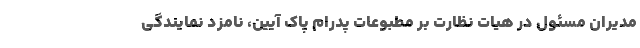
مدیران مسئول در هیات نظارت بر مطبوعات پدرام پاک آیین، نامزد نمایندگی